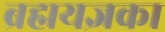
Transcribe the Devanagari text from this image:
ब्रह्मयज्ञका